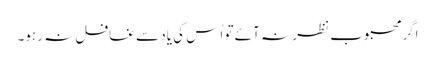
اگر محبوب نظر نہ آئے تو اُس کی یاد سے غافل نہ رہو۔